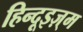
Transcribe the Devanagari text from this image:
हिन्दूइज़्म